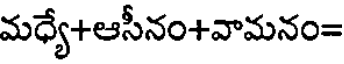
మధ్యే+ఆసీనం+వామనం=